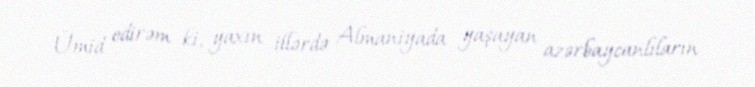
Ümid edirəm ki, yaxın illərdə Almaniyada yaşayan azərbaycanlıların